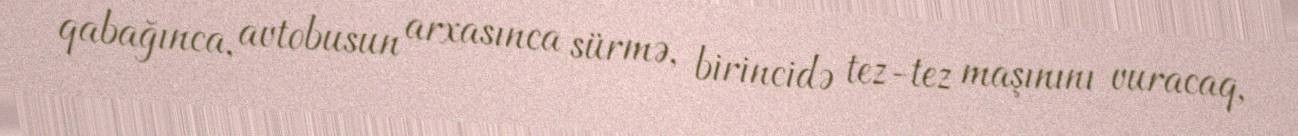
qabağınca, avtobusun arxasınca sürmə, birincidə tez-tez maşınını vuracaq,